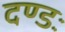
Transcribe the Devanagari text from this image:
दण्डः